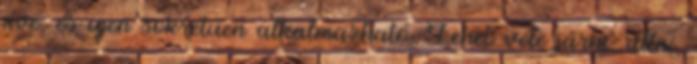
éve, és igen sokrétűen alkalmazható. Lehet vele járni, állni,